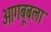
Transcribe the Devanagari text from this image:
आगबूबला